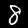
Label: 8